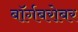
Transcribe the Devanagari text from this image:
बॉर्गबरोबर